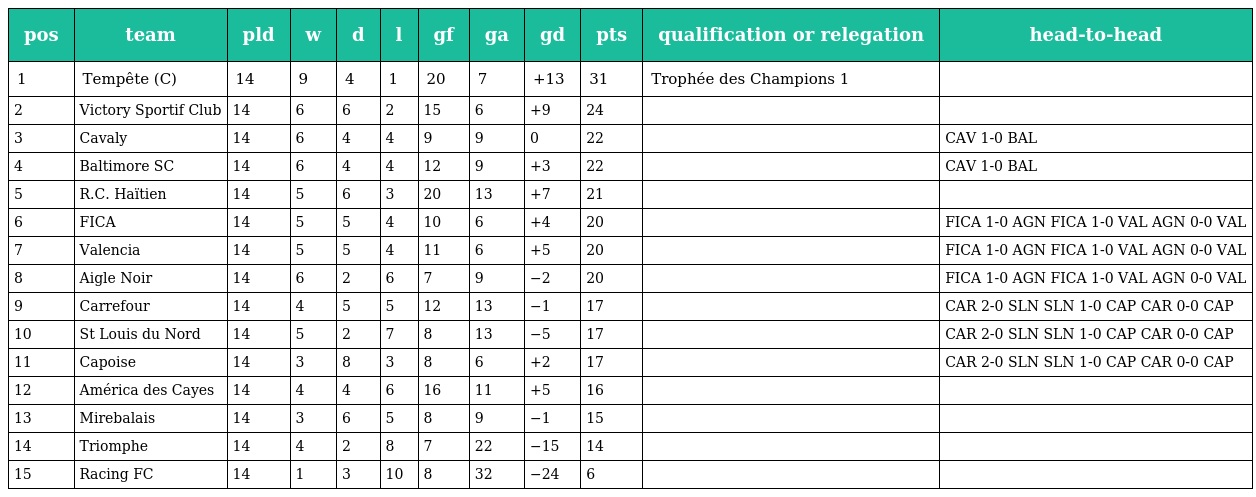
| pos | team | pld | w | d | l | gf | ga | gd | pts | qualification or relegation | head-to-head |
 | --- | --- | --- | --- | --- | --- | --- | --- | --- | --- | --- | --- |
 | 1 | Tempête (C) | 14 | 9 | 4 | 1 | 20 | 7 | +13 | 31 | Trophée des Champions 1 |  |
 | 2 | Victory Sportif Club | 14 | 6 | 6 | 2 | 15 | 6 | +9 | 24 |  |  |
 | 3 | Cavaly | 14 | 6 | 4 | 4 | 9 | 9 | 0 | 22 |  | CAV 1-0 BAL |
 | 4 | Baltimore SC | 14 | 6 | 4 | 4 | 12 | 9 | +3 | 22 |  | CAV 1-0 BAL |
 | 5 | R.C. Haïtien | 14 | 5 | 6 | 3 | 20 | 13 | +7 | 21 |  |  |
 | 6 | FICA | 14 | 5 | 5 | 4 | 10 | 6 | +4 | 20 |  | FICA 1-0 AGN FICA 1-0 VAL AGN 0-0 VAL |
 | 7 | Valencia | 14 | 5 | 5 | 4 | 11 | 6 | +5 | 20 |  | FICA 1-0 AGN FICA 1-0 VAL AGN 0-0 VAL |
 | 8 | Aigle Noir | 14 | 6 | 2 | 6 | 7 | 9 | −2 | 20 |  | FICA 1-0 AGN FICA 1-0 VAL AGN 0-0 VAL |
 | 9 | Carrefour | 14 | 4 | 5 | 5 | 12 | 13 | −1 | 17 |  | CAR 2-0 SLN SLN 1-0 CAP CAR 0-0 CAP |
 | 10 | St Louis du Nord | 14 | 5 | 2 | 7 | 8 | 13 | −5 | 17 |  | CAR 2-0 SLN SLN 1-0 CAP CAR 0-0 CAP |
 | 11 | Capoise | 14 | 3 | 8 | 3 | 8 | 6 | +2 | 17 |  | CAR 2-0 SLN SLN 1-0 CAP CAR 0-0 CAP |
 | 12 | América des Cayes | 14 | 4 | 4 | 6 | 16 | 11 | +5 | 16 |  |  |
 | 13 | Mirebalais | 14 | 3 | 6 | 5 | 8 | 9 | −1 | 15 |  |  |
 | 14 | Triomphe | 14 | 4 | 2 | 8 | 7 | 22 | −15 | 14 |  |  |
 | 15 | Racing FC | 14 | 1 | 3 | 10 | 8 | 32 | −24 | 6 |  |  |